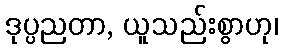
ဒုပ္ပညတာ, ယူသည်းစွာဟု၊